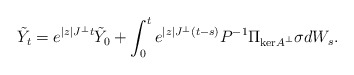
\begin{align*}\tilde{Y}_t = e^{|z| J^\perp t}\tilde{Y}_0 + \int_0^t e^{|z| J^\perp (t-s)}P^{-1}\Pi_{\mathrm{ker}A^\perp}\sigma dW_s.\end{align*}